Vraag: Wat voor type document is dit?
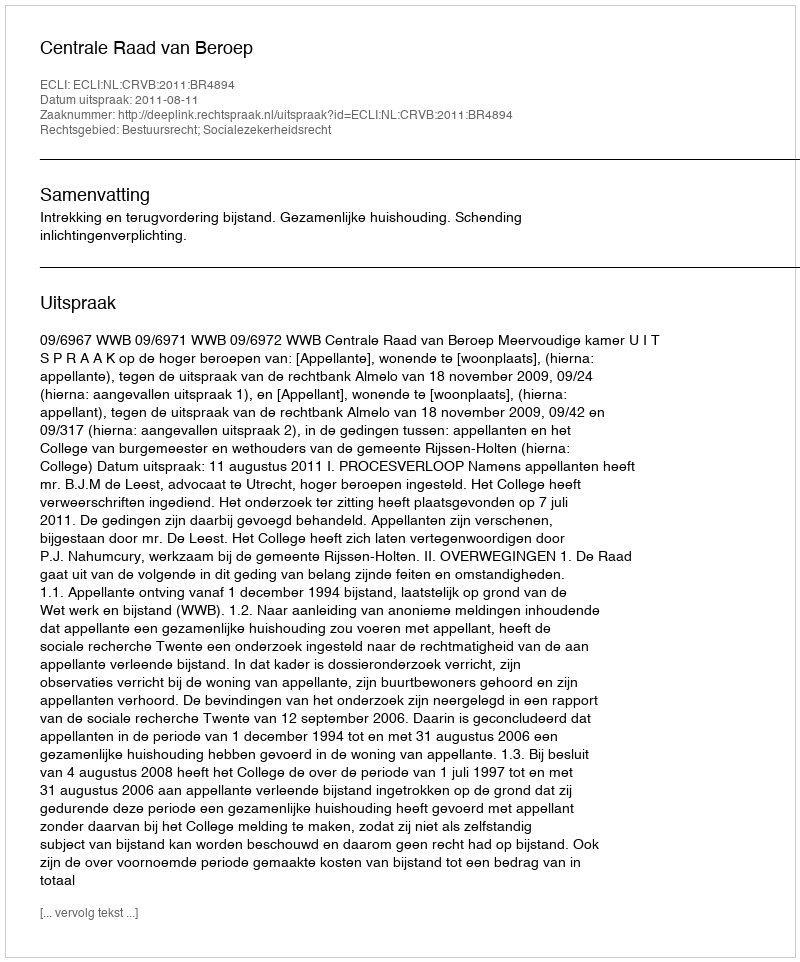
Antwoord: Uitspraak